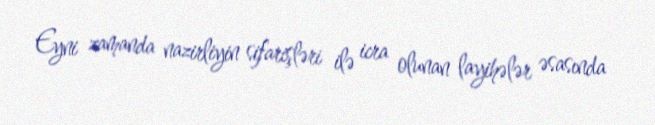
Eyni zamanda nazirliyin sifarişləri ilə icra olunan layihələr əsasında